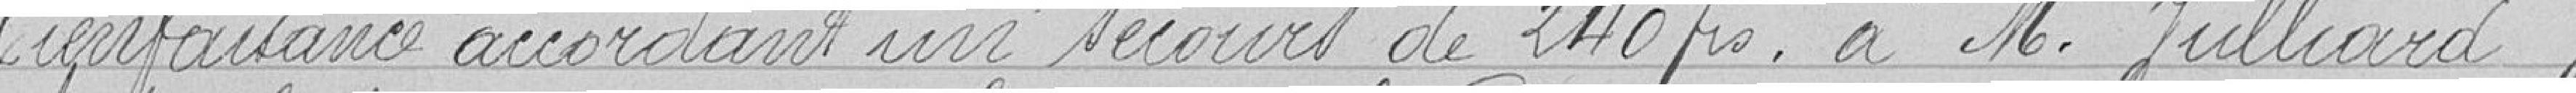
bienfaisance accordant un secours de 240 francs à M. Julliard